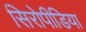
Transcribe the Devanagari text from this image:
सिरोपीडिया